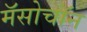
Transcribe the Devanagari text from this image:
मॅसोचॉन